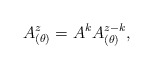
\begin{align*}A^z_{(\theta)}=A^k A^{z-k}_{(\theta)},\end{align*}